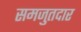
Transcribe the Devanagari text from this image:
समजुतदार